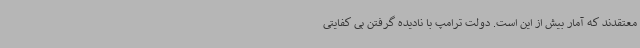
معتقدند که آمار بیش از این است. دولت ترامپ با نادیده گرفتن بی کفایتی